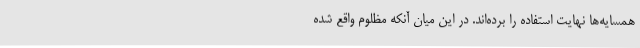
همسایه‌ها نهایت استفاده را برده‌اند. در این میان آنکه مظلوم واقع شده